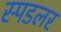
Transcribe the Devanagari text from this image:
स्पिंडलर